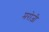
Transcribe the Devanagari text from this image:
मरोजी